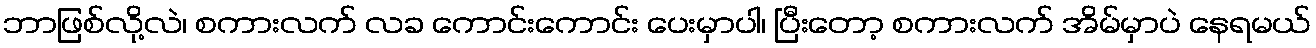
ဘာဖြစ်လို့လဲ၊ စကားလက် လခ ကောင်းကောင်း ပေးမှာပါ၊ ပြီးတော့ စကားလက် အိမ်မှာပဲ နေရမယ်